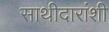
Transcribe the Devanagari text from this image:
साथीदारांशी